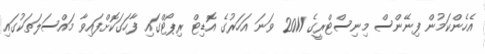
އެހެންކަމުން ފިނޭންސް މިނިސްޓްރީގެ 2011 ވަނަ އަހަރުގެ އޮޑިޓް ރިޕޯޓްގައި ފާހަގަކޮށްފައިވާ މައްސަލަތަކުގައި